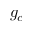
g _ { c }